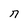
Character: d